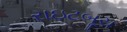
રાઇટબૂચ